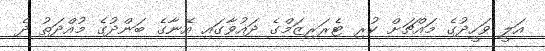
އަލީ ވަހީދުގެ މައްޗަށް ކުރި ޓެރަރިޒަމްގެ ދައުވާގައި އޭނާގެ ބަންދުގެ މުއްދަތު ދެ